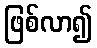
ဖြစ်လာ၍